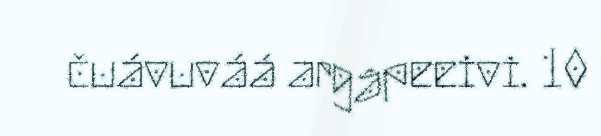
čuávuváá argâpeeivi. 10